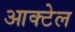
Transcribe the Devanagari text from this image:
आक्टेल